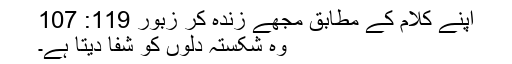
اپنے کلام کے مُطابق مجھے زندہ کر زبُور 119: 107
وہ شکستہ دِلوں کو شفا دیتا ہے۔